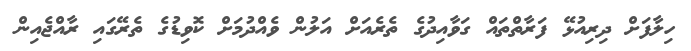
ހިލާފަށް ދިރިއުޅޭ ފަރާތްތައް ގަވާއިދުގެ ތެރެއަށް އަލުން ވެއްދުމަށް ކޮވިޑުގެ ތެރޭގައި ރާއްޖެއިން